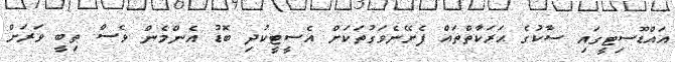
އައްޑޫސިޓީގައި ސާކުގެ ޙަރަކާތްތައް ފެށޭނެވަގުތަކަށް އެސީޓީކުދި ބޮޑު އެންމެން ވެސް ތިބީ ވަރަށް